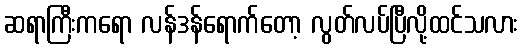
ဆရာကြီးကရော လန်ဒန်ရောက်တော့ လွတ်လပ်ပြီလို့ထင်သလား